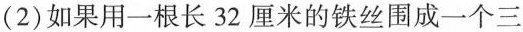
(2)如果用一根长32厘米的铁丝围成一个三